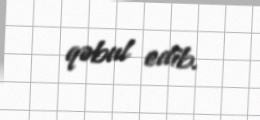
qəbul edib.